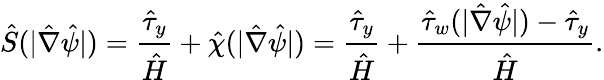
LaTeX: \hat{S}(|\hat{\nabla}\hat{\psi}|)=\frac{\hat{\tau}_{y}}{\hat{H}}+\hat{\chi}(|\hat{\nabla}\hat{\psi}|)=\frac{\hat{\tau}_{y}}{\hat{H}}+\frac{\hat{\tau}_{w}(|\hat{\nabla}\hat{\psi}|)-\hat{\tau}_{y}}{\hat{H}}.